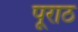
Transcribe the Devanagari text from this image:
पूराठ